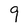
Character: 9